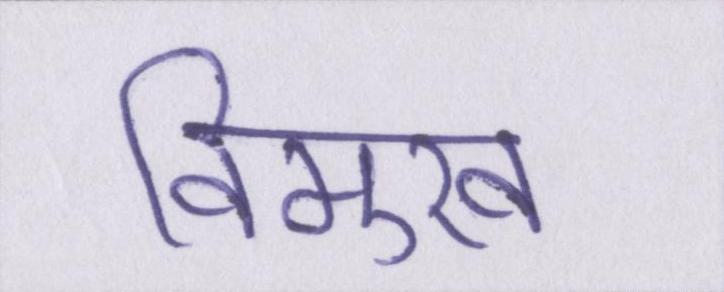
विमुख